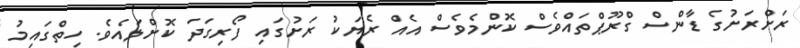
ރަށްރަށުގެ ޑާންސް ގްރޫޕްތައްވެސް ކޮންމެވެސް އެއް ރެޔަކު ރަށުގައި ފޯރިގަދަ ކޮށްލައެވެ. ހިތްގައިމު